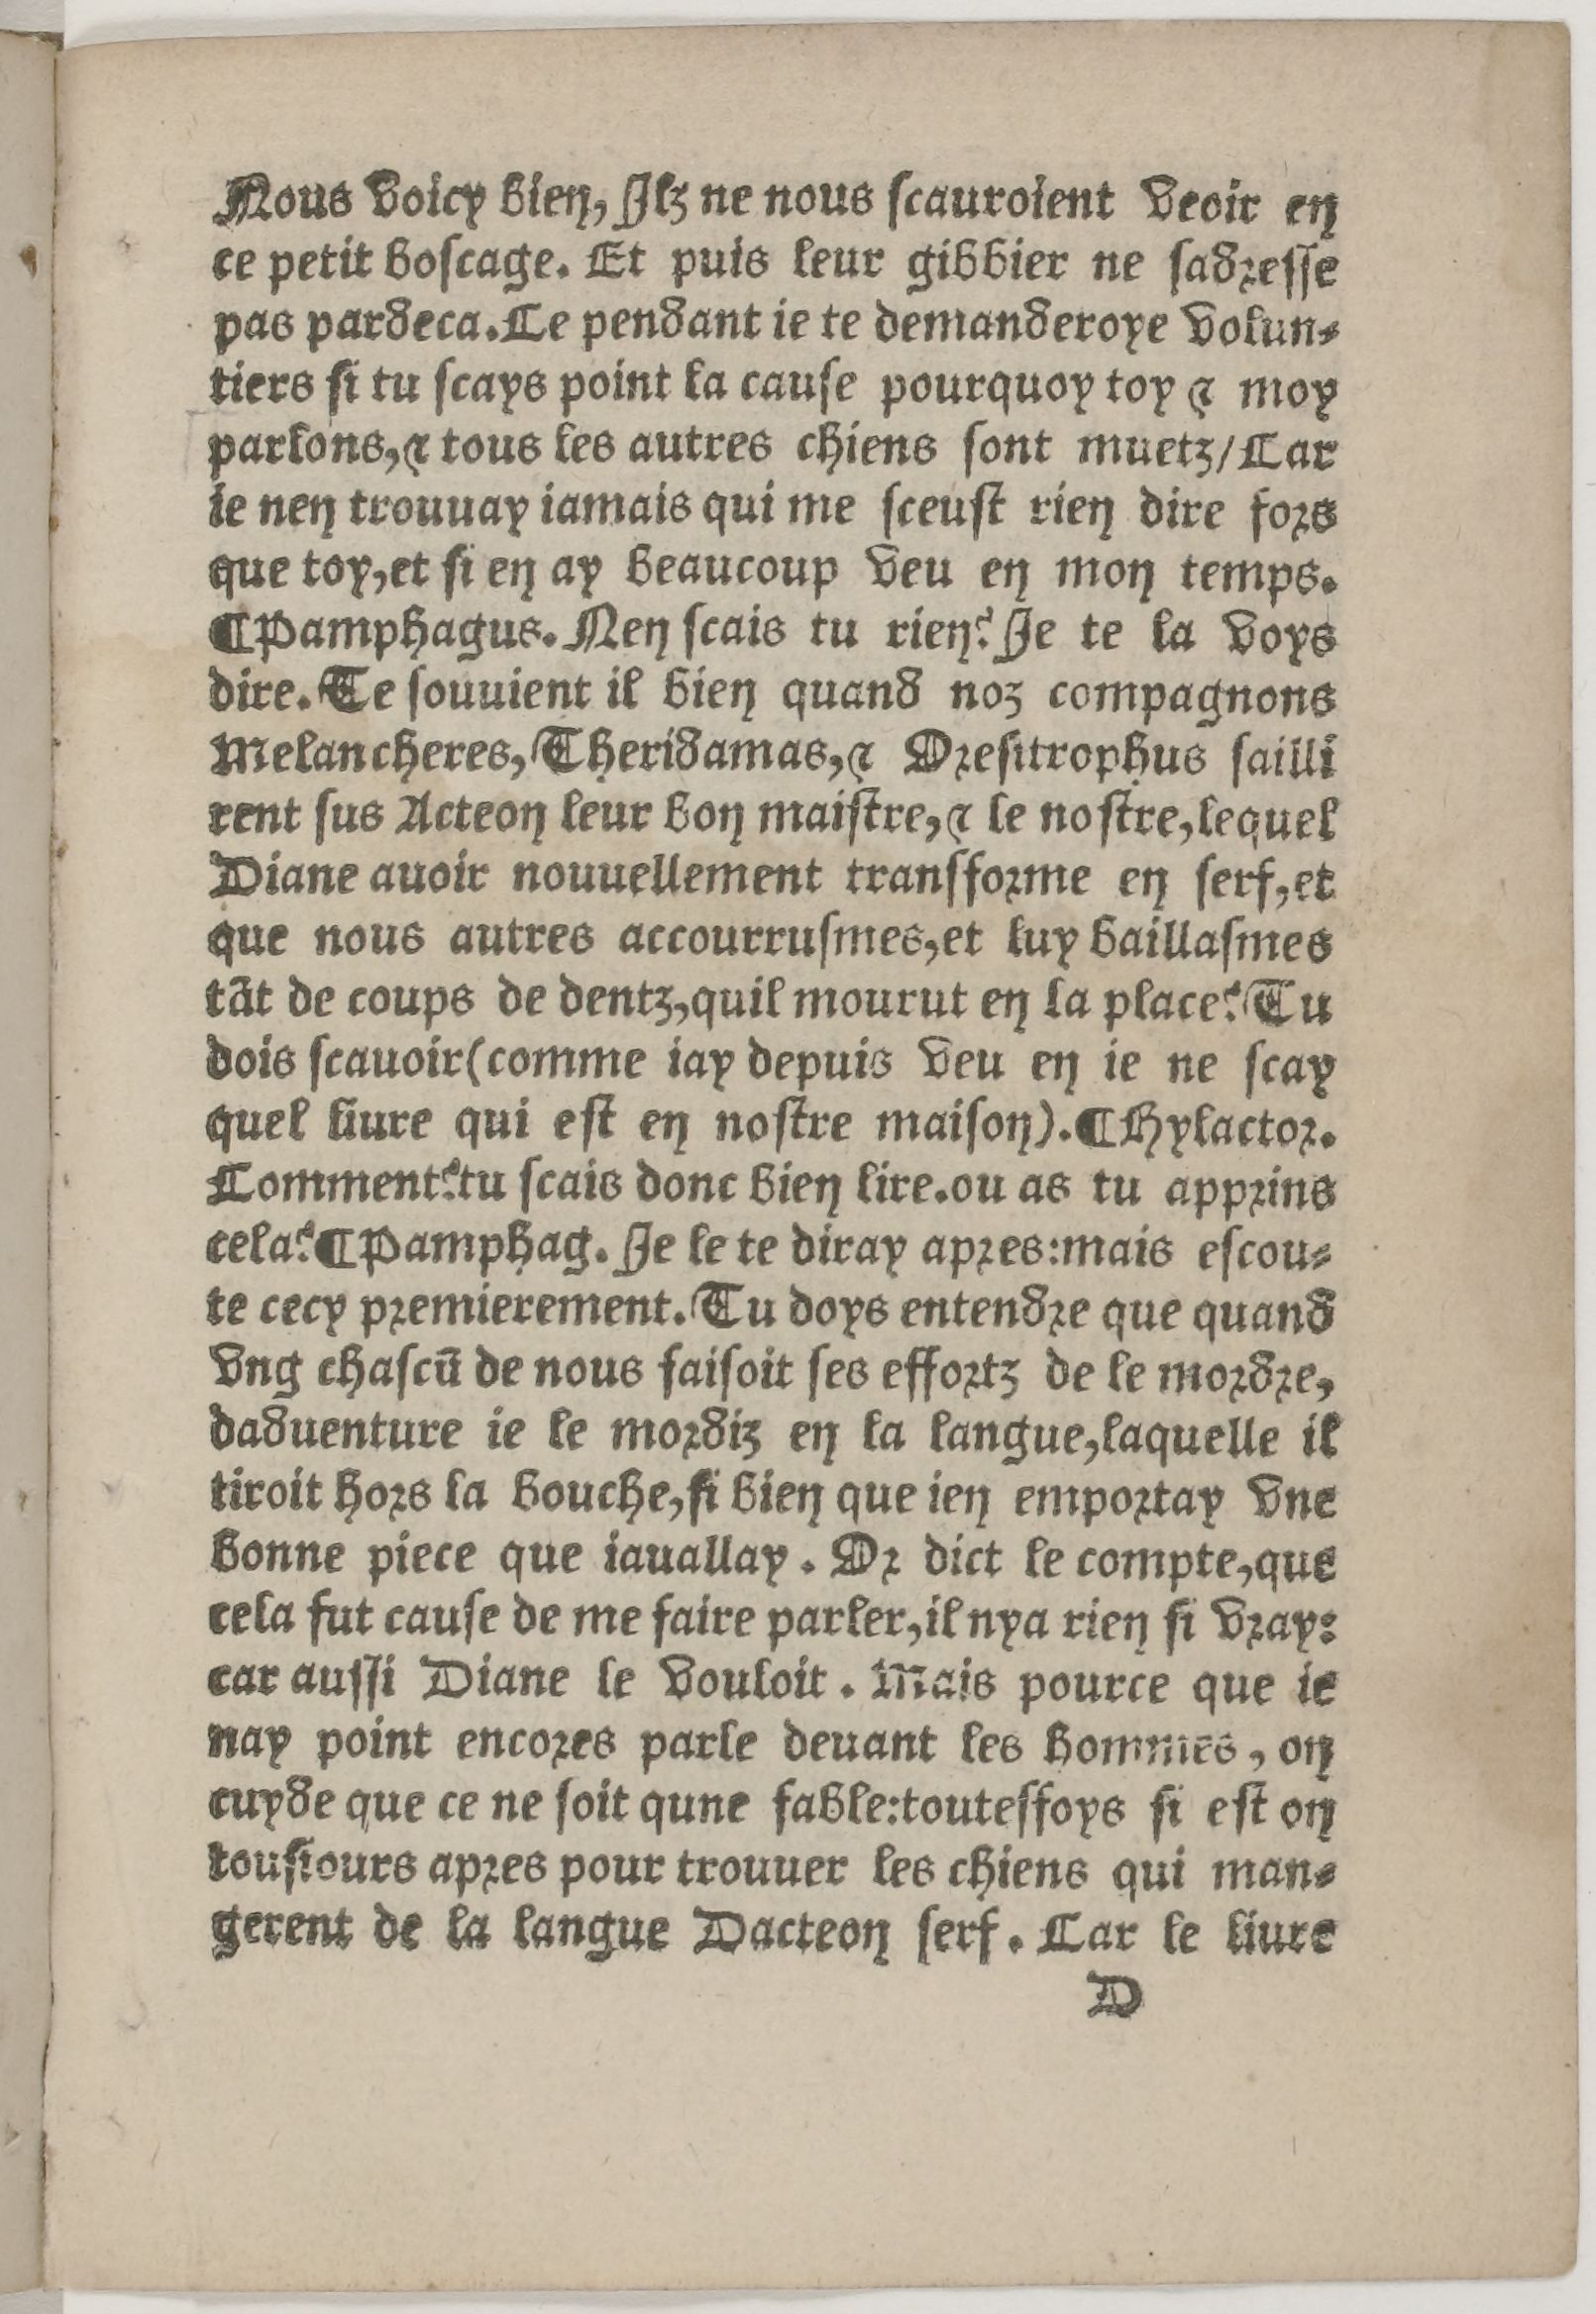
Shelfmark: Paris, BnF, Rés. Z-2442
Century: 16